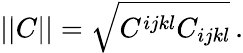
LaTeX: ||C||=\sqrt{C^{ijkl}C_{ijkl}}\, .